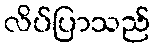
လိပ်ပြာသည်